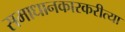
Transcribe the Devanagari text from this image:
समाधानकारकरीत्या